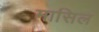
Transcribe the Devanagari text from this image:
मासिल